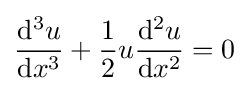
{\frac {\mathrm {d} ^{3}u}{\mathrm {d} x^{3}}}+{\frac {1}{2}}u{\frac {\mathrm {d} ^{2}u}{\mathrm {d} x^{2}}}=0